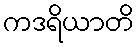
ကဒရိယာတိ